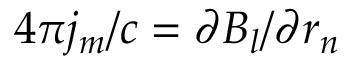
4 \pi j _ { m } / c = \partial B _ { l } / \partial r _ { n }